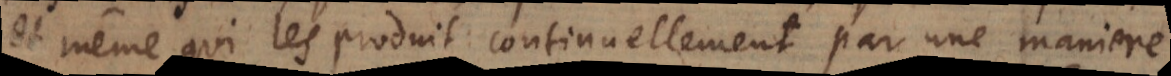
et même qui les produit continuellement par une maniere